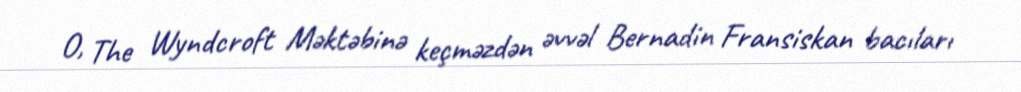
O, The Wyndcroft Məktəbinə keçməzdən əvvəl Bernadin Fransiskan bacıları